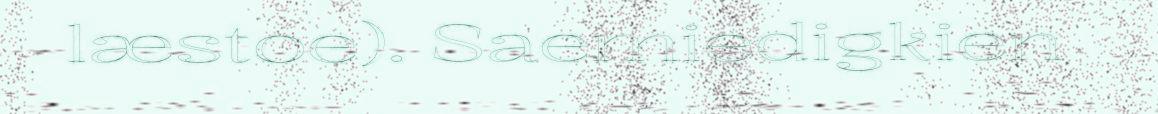
læstoe). Saemiedigkien